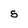
Character: S